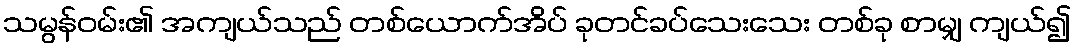
သမွန်ဝမ်း၏ အကျယ်သည် တစ်ယောက်အိပ် ခုတင်ခပ်သေးသေး တစ်ခု စာမျှ ကျယ်၍